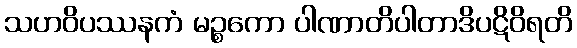
သဟဝိပဿနကံ မဉ္စကော ပါဏာတိပါတာဒိပဋိဝိရတိ